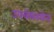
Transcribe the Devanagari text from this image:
उपचेयरमेन